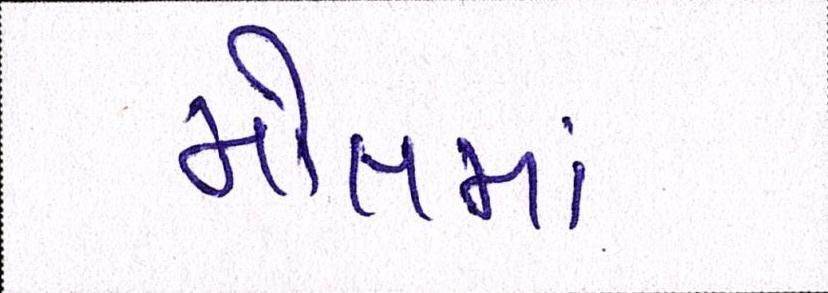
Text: મોલમાં